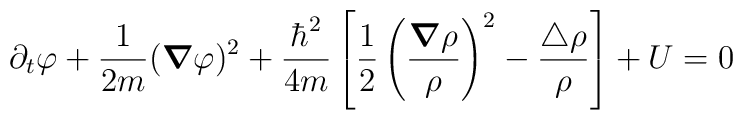
\partial_{t}\varphi + \frac{1}{2m}({\mbox{\boldmath $\nabla$}}\varphi)^2 + \frac{\hbar^2}{4m}\left[\frac{1}{2}\left(\frac{{\mbox{\boldmath $\nabla$}}\rho}{\rho}\right)^2 - \frac{\triangle \rho}{\rho}\right] + U = 0